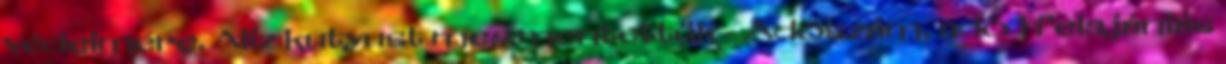
védelmére. Alíz kutyust megmentettük - Adószám, adó 1 felajánlás